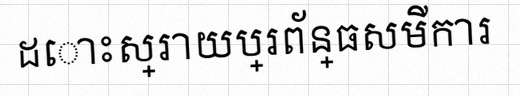
ដោះស្រាយប្រព័ន្ធសមីការ